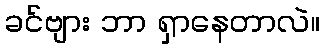
ခင်ဗျား ဘာ ရှာနေတာလဲ။